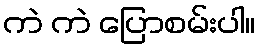
ကဲ ကဲ ပြောစမ်းပါ။